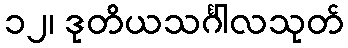
၁၂၊ ဒုတိယသင်္ဂါလသုတ်